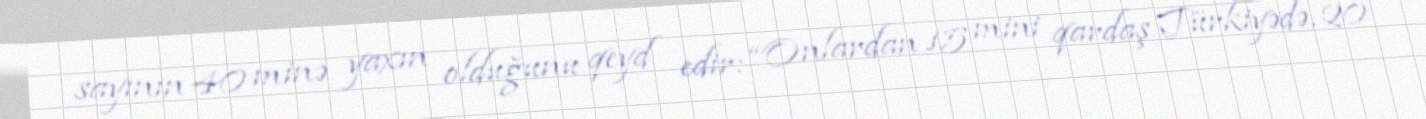
sayının 40 minə yaxın olduğunu qeyd edir: “Onlardan 15 mini qardaş Türkiyədə, 20